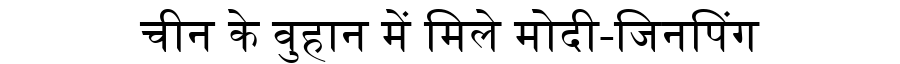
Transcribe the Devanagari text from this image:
चीन के वुहान में मिले मोदी-जिनपिंग